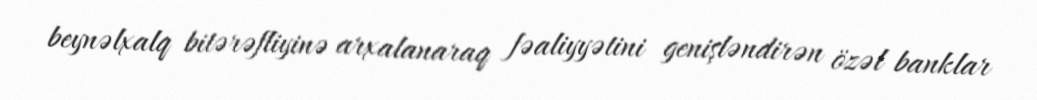
beynəlxalq bitərəfliyinə arxalanaraq fəaliyyətini genişləndirən özəl banklar